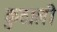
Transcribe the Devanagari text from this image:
कुठाली